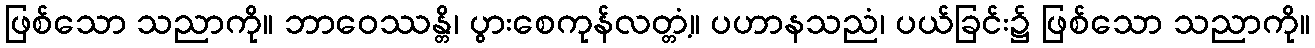
ဖြစ်သော သညာကို။ ဘာဝေဿန္တိ၊ ပွားစေကုန်လတ္တံ့။ ပဟာနသညံ၊ ပယ်ခြင်း၌ ဖြစ်သော သညာကို။